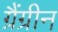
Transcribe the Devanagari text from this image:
ग्रैंग्रीन